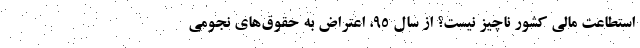
استطاعت مالی کشور ناچیز نیست؟ از سال ۹۵، اعتراض به حقوق‌های نجومی